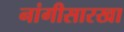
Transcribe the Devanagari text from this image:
नांगीसारखा